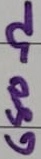
Text: 680Ω